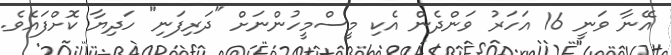
އޭނާ ވަނީ 16 އަހަރު ވަންދެން އެކި މީސްމީހުންނަށް "ދަރިފަނި" ހަދިޔާ ކޮށްފައެވެ.